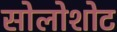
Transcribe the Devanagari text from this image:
सोलोशोट